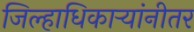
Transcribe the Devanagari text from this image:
जिल्हाधिकार्‍यांनीतर